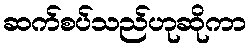
ဆက်စပ်သည်ဟုဆိုကာ